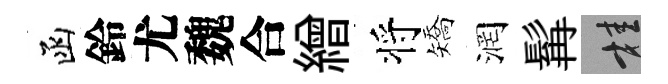
函鈴尤魏合繒将矯润髯桂